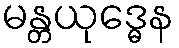
မန္တယုဒ္ဓေန